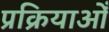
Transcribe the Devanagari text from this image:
प्रक्रियाओँ